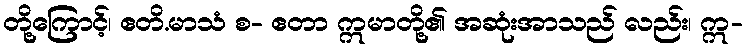
တို့ကြောင့်၊ ဧတိ.မာသံ စ- ဧတာ ဣမာတို့၏ အဆုံးအာသည် လည်း၊ ဣ-